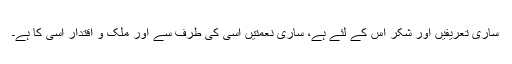
ساری تعریفیں اور شکر اس کے لئے ہے، ساری نعمتیں اسی کی طرف سے اور ملک و اقتدار اسی کا ہے۔